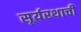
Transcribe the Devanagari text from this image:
सूर्यरथाची